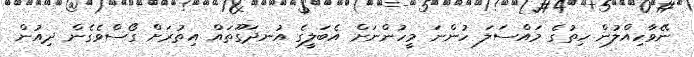
ނޭވާހިއްލުން ހިތުގެ މައްސަލަ ހުންނަ މީހުންނަށް އެބަލީގެ އުނދަގޫތައް އިތުރަށް ގޯސްވެގެން ދިއުން